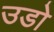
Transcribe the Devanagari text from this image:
उडो